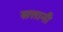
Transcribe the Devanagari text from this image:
सत्तानी